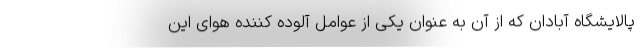
پالایشگاه آبادان که از آن به عنوان یکی از عوامل آلوده کننده هوای این